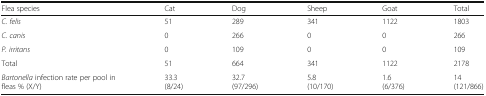
<table><thead><tr><td><b>Flea species</b></td><td><b>Cat</b></td><td><b>Dog</b></td><td><b>Sheep</b></td><td><b>Goat</b></td><td><b>Total</b></td></tr></thead><tbody><tr><td><i>C. felis</i></td><td>51</td><td>289</td><td>341</td><td>1122</td><td>1803</td></tr><tr><td><i>C. canis</i></td><td>0</td><td>266</td><td>0</td><td>0</td><td>266</td></tr><tr><td><i>P. irritans</i></td><td>0</td><td>109</td><td>0</td><td>0</td><td>109</td></tr><tr><td>Total</td><td>51</td><td>664</td><td>341</td><td>1122</td><td>2178</td></tr><tr><td><i>Bartonella</i> infection rate per pool in fleas % (X/Y)</td><td>33.3(8/24)</td><td>32.7(97/296)</td><td>5.8(10/170)</td><td>1.6(6/376)</td><td>14(121/866)</td></tr></tbody></table>